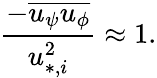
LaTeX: \frac{-\overline{{u_{\psi}u_{\phi}}}}{u_{*,i}^{2}}\approx 1.